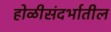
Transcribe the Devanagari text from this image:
होळीसंदर्भातील